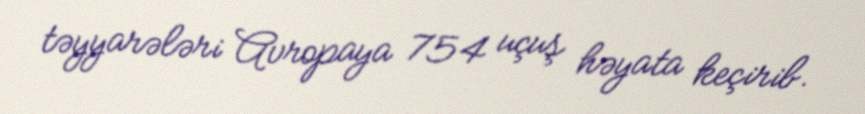
təyyarələri Avropaya 754 uçuş həyata keçirib.